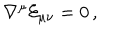
\nabla ^ { \mu } { \cal E } _ { \mu \nu } = 0 \, ,